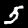
Digit: 5